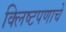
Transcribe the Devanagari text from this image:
क्लिष्टपणाचे